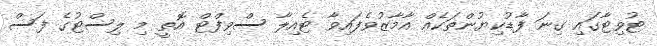
ޓުވިޓާގައި ގިނަ ފާޑުކިޔުންތަކެއް އާމާޒުވެފައިވާ ޓެއިލާ ސްވިފްޓް އޮތީ މި ލިސްޓުގެ ފަސް